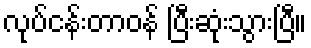
လုပ်ငန်းတာဝန် ပြီးဆုံးသွားပြီ။